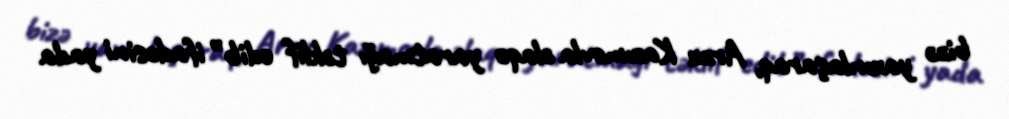
bizə yaxınlaşaraq, Arzu Kazımovla əlaqə yaratmağı təklif edib” ifadəsini yada